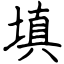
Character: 填